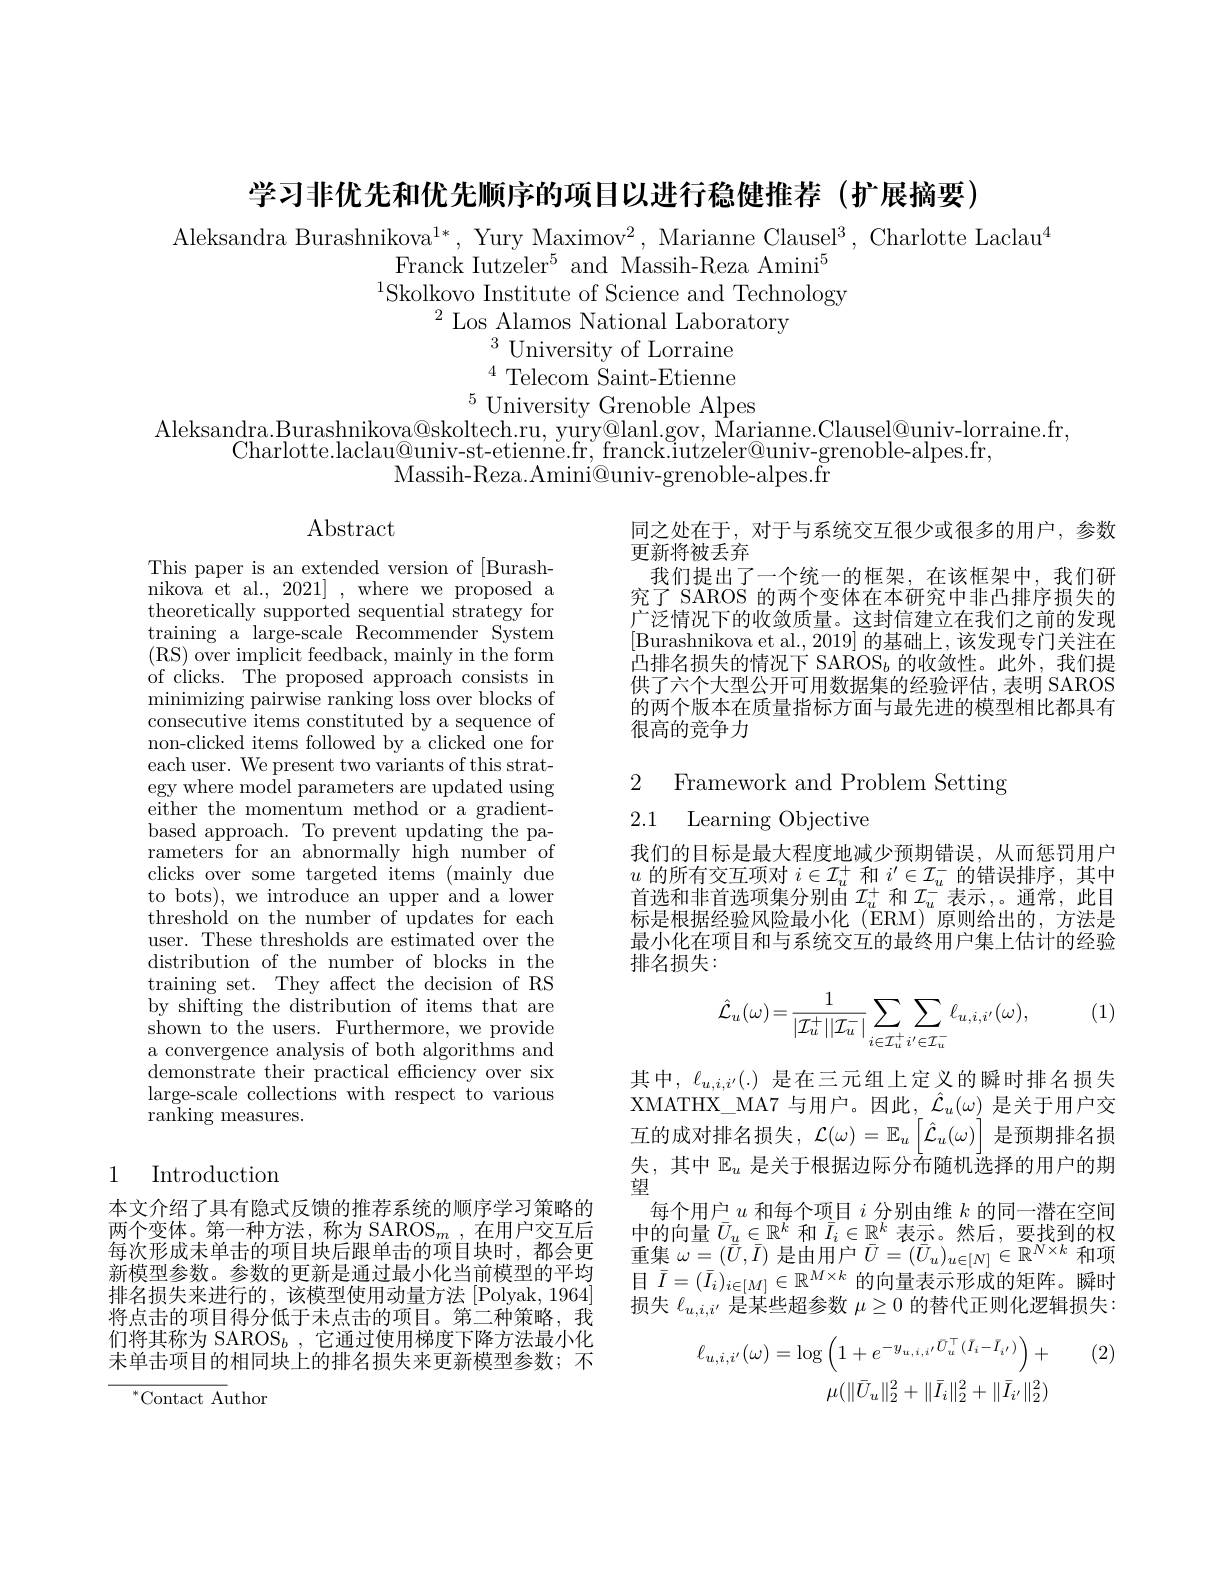
学习非优先和优先顺序的项目以进行稳健推荐(扩展摘要)

Aleksandra Burashnikova$^1*$, Yury Maximov$^2$, Marianne Clausel$^3$, Charlotte Laclau$^4$
Franck Iutzeler$^5$ and Massih-Reza Amini$^5$ $^{1}$Skolkovo Institute of Science and Technology
$^{2}$ Los Alamos National Laboratory
$^{3}$University of Lorraine $^{4}$Telecom Saint-Etienne
$^{5}$University Grenoble Alpes
Aleksandra.Burashnikova@skoltech.ru, yury@lanl.gov, Marianne.Clausel@univ-lorraine.fr,
Charlotte.laclau@univ-st-etienne.fr, franck.iutzeler@univ-grenoble-alpes.fr,
Massih- Reza. Amini@ univ- grenoble- alpes. fr

Abstract

同之处在于，对于与系统交互很少或很多的用户，参数
更新将被丢弃
我们提出了一个统一的框架，在该框架中，我们研究了 SAROS 的两个变体在本研究中非凸排序损失的广泛情况下的收敛质量。这封信建立在我们之前的发现[Burashnikova et al., 2019] 的基础上，该发现专门关注在凸排名损失的情况下 SAROS$_b$的收敛性。此外，我们提供了六个大型公开可用数据集的经验评估，表明 SAROS 的两个版本在质量指标方面与最先进的模型相比都具有很高的竞争力

2 Framework and Problem Setting
2.1 Learning Objective

This paper is an extended version of [Burashnikova et al., 2021] , where we proposed a theoretically supported sequential strategy for training a large-scale Recommender System ( RS) $\bar {over}$ implicit feedback, mainly in the form of clicks. The proposed approach consists in minimizing pairwise ranking loss over blocks of consecutive items constituted by a sequence of non-clicked items followed by a clicked one for each user. We present two variants of this strategy where model parameters are updated using either the momentum method or a gradientbased approach. To prevent updating the parameters for an abnormally high number of clicks over some targeted items (mainly due to bots), we introduce an upper and a lower threshold on the number of updates for each user. These thresholds are estimated over the distribution of the number of blocks in the training set. They affect the decision of RS by shifting the distribution of items that are shown to the users. Furthermore, we provide a convergence analysis of both algorithms and demonstrate their practical efficiency over six large-scale collections with respect to various ranking measures.

我们的目标是最大程度地减少预期错误，从而惩罚用户$u$的所有交互项对$i\in\mathcal{I}_u^+$和$i^\prime\in\mathcal{I}_u^-$的错误排序，其中首选和非首选项集分别由$\mathcal{I}_u^+$和$\mathcal{I}_u^-$表示 ,。通常，此目标是根据经验风险最小化(ERM)原则给出的，方法是最小化在项目和与系统交互的最终用户集上估计的经验排名损失：

(1)
$$\hat{\mathcal{L}}_{u}(\omega)=\frac{1}{|\mathcal{I}_{u}^{+}||\mathcal{I}_{u}^{-}|}\sum_{i\in\mathcal{I}_{u}^{+}}\sum_{i^{\prime}\in\mathcal{I}_{u}^{-}}\ell_{u,i,i^{\prime}}(\omega),$$
## 1 Introduction

其中，$\ell_{u,i,i^{\prime}}(.)$是在三元组上定义的瞬时排名损失XMATHX\_MA7 与用户。因此，$\hat{\mathcal{L}}_u(\omega)$是关于用户交$\overline {\text{互 的 成 对 排 名 损 失 , }}\mathcal{L} ( \omega ) = \mathbb{E} _u\left [ \hat{\mathcal{L} } _u( \omega ) \right ]$是预期排名损失，其中$\mathbb{E}_u$ 是关于根据边际分布随机选择的用户的期望
每个用户$u$和每个项目$i$分别由维$k$的同一潜在空间中的向量$\bar{U}_{\underline u}\in\mathbb{R}^k$和$\bar{I}_i\in\mathbb{R}^k$表示。然后，要找到的权重集$\omega=(\bar{U},\bar{I})$是由用户$\bar{U}=(\bar{U}_u)_{u\in[N]}\in\mathbb{R}^{N\times k}$和项目$\bar{I}=(\bar{I}_i)_{i\in[M]}\in\mathbb{R}^{M\times k}$的向量表示形成的矩阵。瞬时损失$\ell_{u,i,i^{\prime}}$是某些超参数$\mu\geq0$的替代正则化逻辑损失：

本文介绍了具有隐式反馈的推荐系统的顺序学习策略的两个变体。第一种方法，称为 SAROS_m ,在用户交互后每次形成末单击的项目块后跟单击的项目块时，都会更新模型参数。参数的更新是通过最小化当前模型的平均排名损失来进行的，该模型使用动量方法 [Polyak, 1964] 将点击的项目得分低于未点击的项目。第二种策略，我们将其称为 SAROS$_b$,它通过使用梯度下降方法最小化未单击项目的相同块上的排名损失来更新模型参数；不

(2)
$$\ell_{u,i,i'}(\omega)=\log\left(1+e^{-y_{u,i,i'}\bar{U}_{u}^{\top}(\bar{I}_{i}-\bar{I}_{i'})}\right)+\\\mu(\|\bar{U}_{u}\|_{2}^{2}+\|\bar{I}_{i}\|_{2}^{2}+\|\bar{I}_{i'}\|_{2}^{2})$$
${^{*}\mathrm{Contact~Au}}$thor